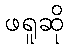
ဖရူဆို